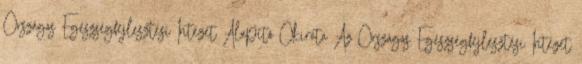
Országos Egészségfejlesztési Intézet Alapító Okirata Az Országos Egészségfejlesztési Intézet